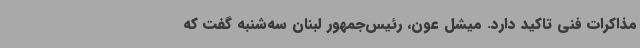
مذاکرات فنی تاکید دارد. میشل عون، رئیس‌جمهور لبنان سه‌شنبه گفت که